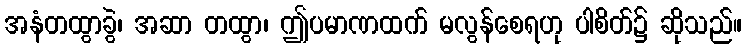
အနံတထွာခွဲ၊ အဆာ တထွာ၊ ဤပမာဏထက် မလွန်စေရဟု ပါစိတ်၌ ဆိုသည်။